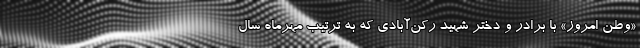
«وطن امروز» با برادر و دختر شهید رکن‌آبادی که به ترتیب مهرماه سال